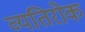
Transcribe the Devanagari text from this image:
व्यतिरोक